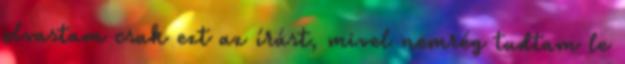
olvastam csak ezt az írást, mivel nemrég tudtam le